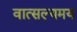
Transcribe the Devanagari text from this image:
वात्सल्यमय